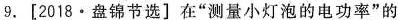
9.[2018·盘锦节选]在“测量小灯泡的电功率”的